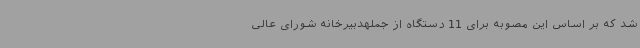
شد که بر اساس این مصوبه برای 11 دستگاه از جملهدبیرخانه شورای عالی